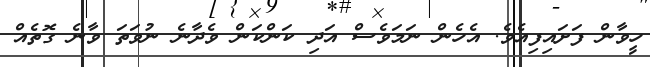
ހީވާން ފަށައިފިއެވެ. އެހެން ނަމަވެސް އަދި ކަންކަން ވެދާނެ ނުވަތަ ވާނެ ގޮތެއް